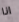
انا